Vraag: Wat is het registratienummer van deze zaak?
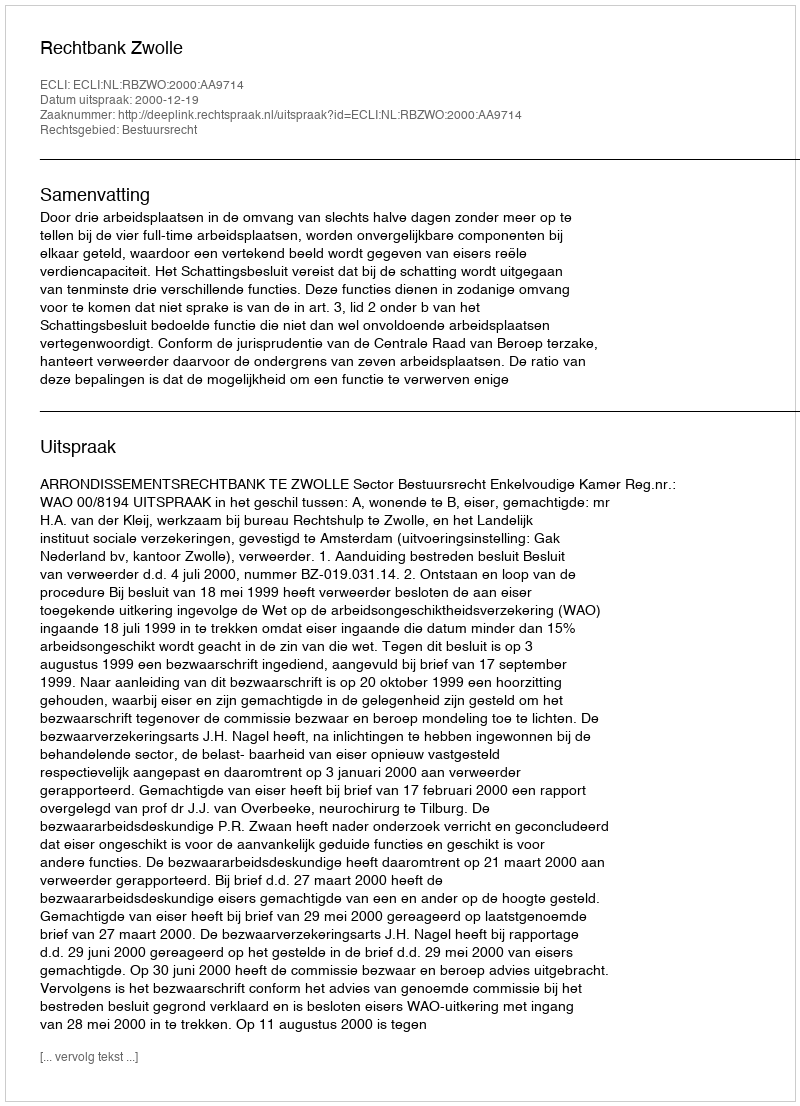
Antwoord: http://deeplink.rechtspraak.nl/uitspraak?id=ECLI:NL:RBZWO:2000:AA9714